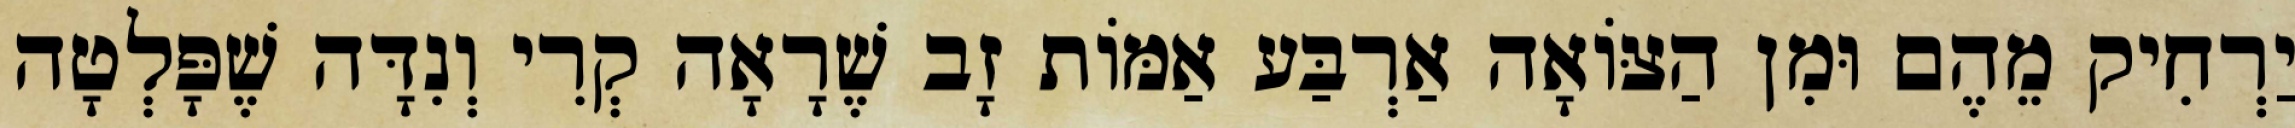
יַרְחִיק מֵהֶם וּמִן הַצּוֹאָה אַרְבַּע אַמּוֹת זָב שֶׁרָאָה קְרִי וְנִדָּה שֶׁפָּלְטָה